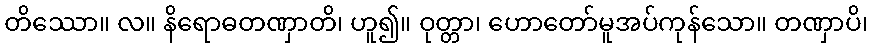
တိဿော။ လ။ နိရောဓတဏှာတိ၊ ဟူ၍။ ဝုတ္တာ၊ ဟောတော်မူအပ်ကုန်သော။ တဏှာပိ၊